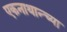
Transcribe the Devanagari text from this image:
एकनाथान्च्या